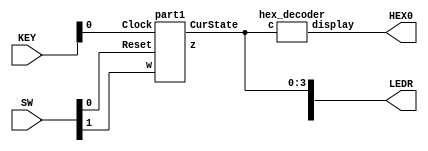
module topLevel(HEX0, LEDR, KEY, SW);
    input [9:0] SW;
    input [1:0] KEY;
    output [9:0] LEDR;
    output [6:0] HEX0;

    hex_decoder hd(.c(LEDR[3:0]), .display(HEX0));
    part1 p1(.Clock(KEY[0]), .Reset(SW[0]), .w(SW[1]), .z(LEDR[9]), .CurState(LEDR[3:0]));

endmodule

module part1(Clock, Reset, w, z, CurState);
    input Clock;
    input Reset;
    input w;
    output z;
    output [3:0] CurState;

    reg [3:0] y_Q, Y_D; // y_Q represents current state, Y_D represents next state

    localparam A = 4'b0000, B = 4'b0001, C = 4'b0010, D = 4'b0011, E = 4'b0100, F = 4'b0101, G = 4'b0110;


    //State table
    //The state table should only contain the logic for state transitions
    //Do not mix in any output logic. The output logic should be handled separately.
    //This will make it easier to read, modify and debug the code.
    always@(*)
    begin: state_table
        case (y_Q) // y_Q represents current state, Y_D represents next state
        //depending on the current state y_Q and the input w, we can determine the next state Y_D
            A: begin
                //if in state A, if W = 0, it remains in state A
                   if (!w) Y_D = A;
                // however if in state A, W = 1, it goes to state B
                   else Y_D = B;
               end
            B: begin
                   if(!w) Y_D = A;
                   else Y_D = C;
               end
            C: begin
                   if(!w) Y_D = E;
                   else Y_D = D;
               end
            D: begin
                   if(!w) Y_D = E;
                   else Y_D = F;
               end
            E: begin
                   if(!w) Y_D = A;
                   else Y_D = G;
               end
            F: begin
                   if(!w) Y_D = E;
                   else Y_D = F;
               end
            G: begin
                   if(!w) Y_D = A;
                   else Y_D = C;
               end
            default: Y_D = A;
        endcase
    end // state_table

    // State Registers
    always @(posedge Clock)
    begin: state_FFs
        if(Reset!= 1'b0) //undefined state 
            y_Q <=  A; // Should set reset state to state A
        else
            y_Q <= Y_D;
    end // state_FFS

    // Output logic
    // Set z to 1 to turn on LED when in relevant states
    assign z = ((y_Q == F) | (y_Q == G));

    assign CurState = y_Q;
endmodule


module hex_decoder(c, display);
    input [3:0] c;
    output [6:0] display;
    
    assign c0 = c[0];
    assign c1 = c[1];
    assign c2 = c[2];
    assign c3 = c[3];

    assign display[0] = (~c3 & ~c2 & ~c1 & c0) + (~c3 & c2 & ~c1 & ~c0) + (c3 & ~c2 & c1 & c0) + (c3 & c2 & ~c1 & c0);
    assign display[1] = (~c3 & c2 & ~c1 & c0) + (~c3 & c2 & c1 & ~c0) + (c3 & ~c2 & c1 & c0) + (c3 & c2 & ~c1 & ~c0) + (c3 & c2 & c1 & ~c0) + (c3 & c2 & c1 & c0);
    assign display[2] = (~c3 & ~c2 & c1 & ~c0) + (c3 & c2 & ~c1 & ~c0) + (c3 & c2 & c1 & ~c0) + (c3 & c2 & c1 & c0);	
    assign display[3] = (~c3 & ~c2 & ~c1 & c0) + (~c3 & c2 & ~c1 & ~c0) + (~c3 & c2 & c1 & c0) + (c3 & ~c2 & ~c1 & c0) + (c3 & ~c2 & c1 & ~c0) + (c3 & c2 & c1 & c0);
    assign display[4] = (~c3 & ~c2 & ~c1 & c0) + (~c3 & ~c2 & c1 & c0) + (~c3 & c2 & ~c1 & ~c0) + (~c3 & c2 & ~c1 & c0) + (~c3 & c2 & c1 & c0) + (c3 & ~c2 & ~c1 & c0);
    assign display[5] = (~c3 & ~c2 & ~c1 & c0) + (~c3 & ~c2 & c1 & ~c0) + (~c3 & ~c2 & c1 & c0) + (~c3 & c2 & c1 & c0) + (c3 & c2 & ~c1 & c0);
    assign display[6] = (~c3 & ~c2 & ~c1 & ~c0) + (~c3 & ~c2 & ~c1 & c0) + (~c3 & c2 & c1 & c0) + (c3 & c2 & ~c1 & ~c0);
endmodule